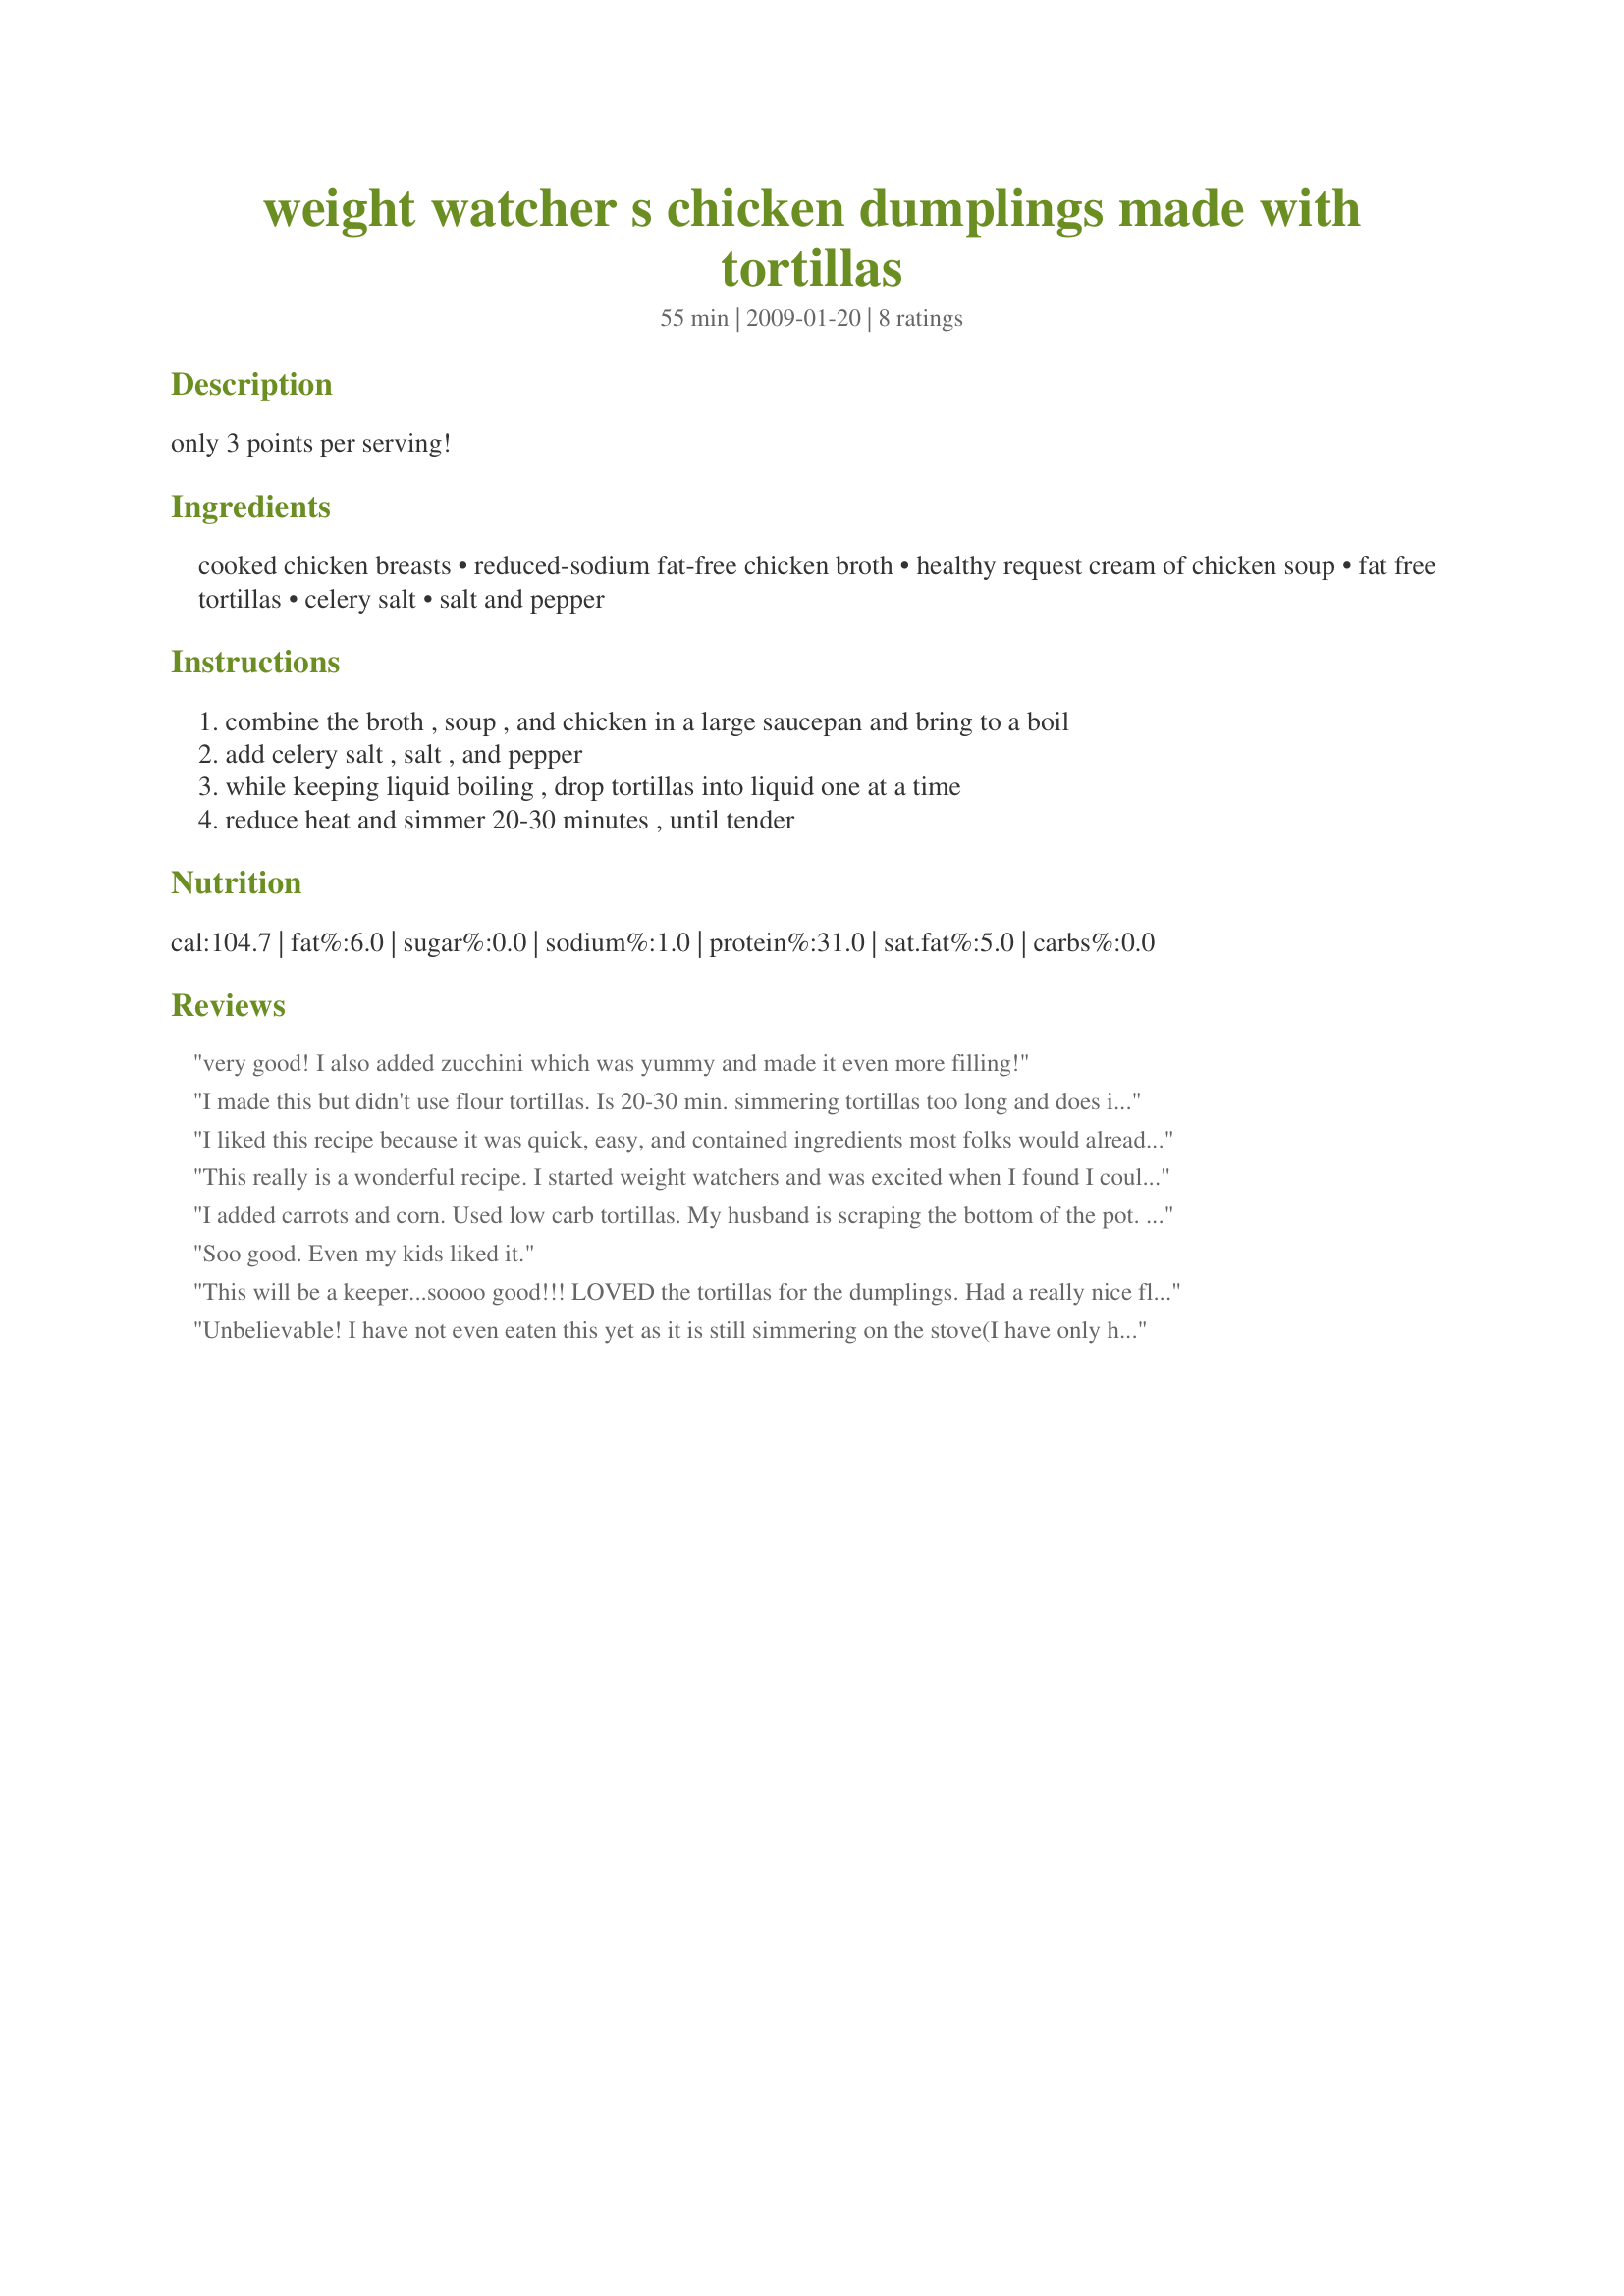
weight watcher s chicken dumplings made with tortillas
Preparation time: 55 minutes

only 3 points per serving!

Ingredients:
cooked chicken breasts, reduced-sodium fat-free chicken broth, healthy request cream of chicken soup, fat free tortillas, celery salt, salt and pepper

Steps:
combine the broth , soup , and chicken in a large saucepan and bring to a boil, add celery salt , salt , and pepper, while keeping liquid boiling , drop tortillas into liquid one at a time, reduce heat and simmer 20-30 minutes , until tender

Reviews:
very good! I also added zucchini which was yummy and made it even more filling!
I made this but didn't use flour tortillas. Is 20-30 min. simmering tortillas too long and does it make them mushy?
I liked this recipe because it was quick, easy, and contained ingredients most folks would already have on hand. If you are one of those that dislike using &quot;convenience&quot; items, this probably isn&#039;t the recipe for you. This is a keeper in my book - especially with the cooler months quickly approaching! Thank you for sharing!
This really is a wonderful recipe. I started weight watchers and was excited when I found I could still have Chicken &amp; Dumplings. Thanks for posting this!
I added carrots and corn. Used low carb tortillas. My husband is scraping the bottom of the pot. Haha this is an amazing recipe! Thanks for sharing!
Soo good. Even my kids liked it.
This will be a keeper...soooo good!!! LOVED the tortillas for the dumplings. Had a really nice flavor. (I used celery leaves instead of the salt). Thanks so much for sharing!
Unbelievable! I have not even eaten this yet as it is still simmering on the stove(I have only had a taste) and it is outstanding. I have to admit, when I first mixed up the chicken broth, cream of chicken soup and the chicken I was really skeptical. I did not see how this was going to be anything but ordinary, but WOW! And only 3 points, BONUS!
